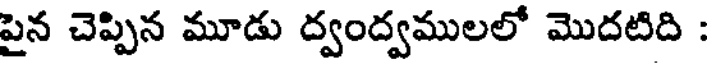
పైన చెప్పిన మూడు ద్వంద్వములలో మొదటిది :